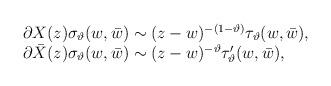
LaTeX: \begin{align*}\begin{array}{l}\partial X(z) \sigma_{\vartheta}(w,\bar{w}) \sim(z-w)^{-(1-\vartheta)}\tau_{\vartheta}(w,\bar{w}), \\\partial \bar{X}(z) \sigma_{\vartheta}(w,\bar{w}) \sim(z-w)^{-\vartheta}\tau'_{\vartheta}(w,\bar{w}),\end{array}\end{align*}